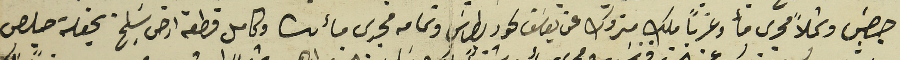
جرجس وشمالاً مجرى مأ وغرباً ملك متروك عن يوسَف لحود بطرسَ وتمامه مجرى مائى وكامل قطعة ارض سَليخ بحقلة حبلص